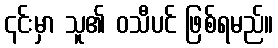
၎င်းမှာ သူ၏ ဝသီပင် ဖြစ်ရမည်။